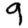
Digit: 9